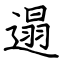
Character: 遢